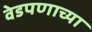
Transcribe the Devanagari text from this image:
वेडपणाच्या